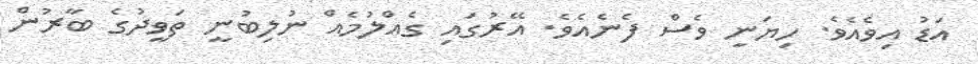
އަޑު އިވެއެވެ. ހިޔަނި ވެސް ފެނެއެވެ. އޭރުގައި ގެއްލުމެއް ނުލިބުނީ ތަވީދުގެ ބާރުން